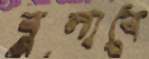
বুলাবে